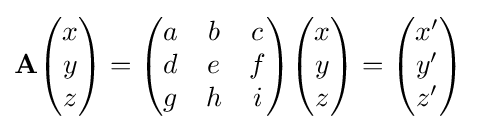
\mathbf {A} {\begin{pmatrix}x\\y\\z\end{pmatrix}}={\begin{pmatrix}a&b&c\\d&e&f\\g&h&i\end{pmatrix}}{\begin{pmatrix}x\\y\\z\end{pmatrix}}={\begin{pmatrix}x'\\y'\\z'\end{pmatrix}}